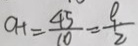
O H = \frac { 4 5 } { 1 0 } = \frac { 9 } { 2 }